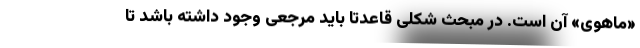
«ماهوی» آن است. در مبحث شکلی قاعدتا باید مرجعی وجود داشته باشد تا